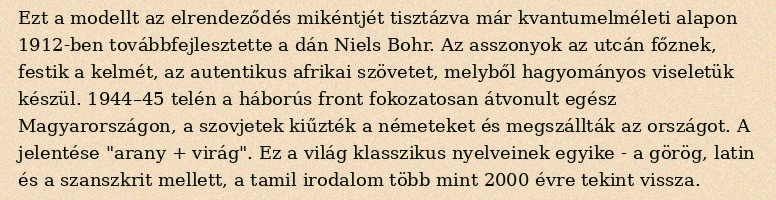
Ezt a modellt az elrendeződés mikéntjét tisztázva már kvantumelméleti alapon 1912-ben továbbfejlesztette a dán Niels Bohr. Az asszonyok az utcán főznek, festik a kelmét, az autentikus afrikai szövetet, melyből hagyományos viseletük készül. 1944–45 telén a háborús front fokozatosan átvonult egész Magyarországon, a szovjetek kiűzték a németeket és megszállták az országot. A jelentése "arany + virág". Ez a világ klasszikus nyelveinek egyike - a görög, latin és a szanszkrit mellett, a tamil irodalom több mint 2000 évre tekint vissza.